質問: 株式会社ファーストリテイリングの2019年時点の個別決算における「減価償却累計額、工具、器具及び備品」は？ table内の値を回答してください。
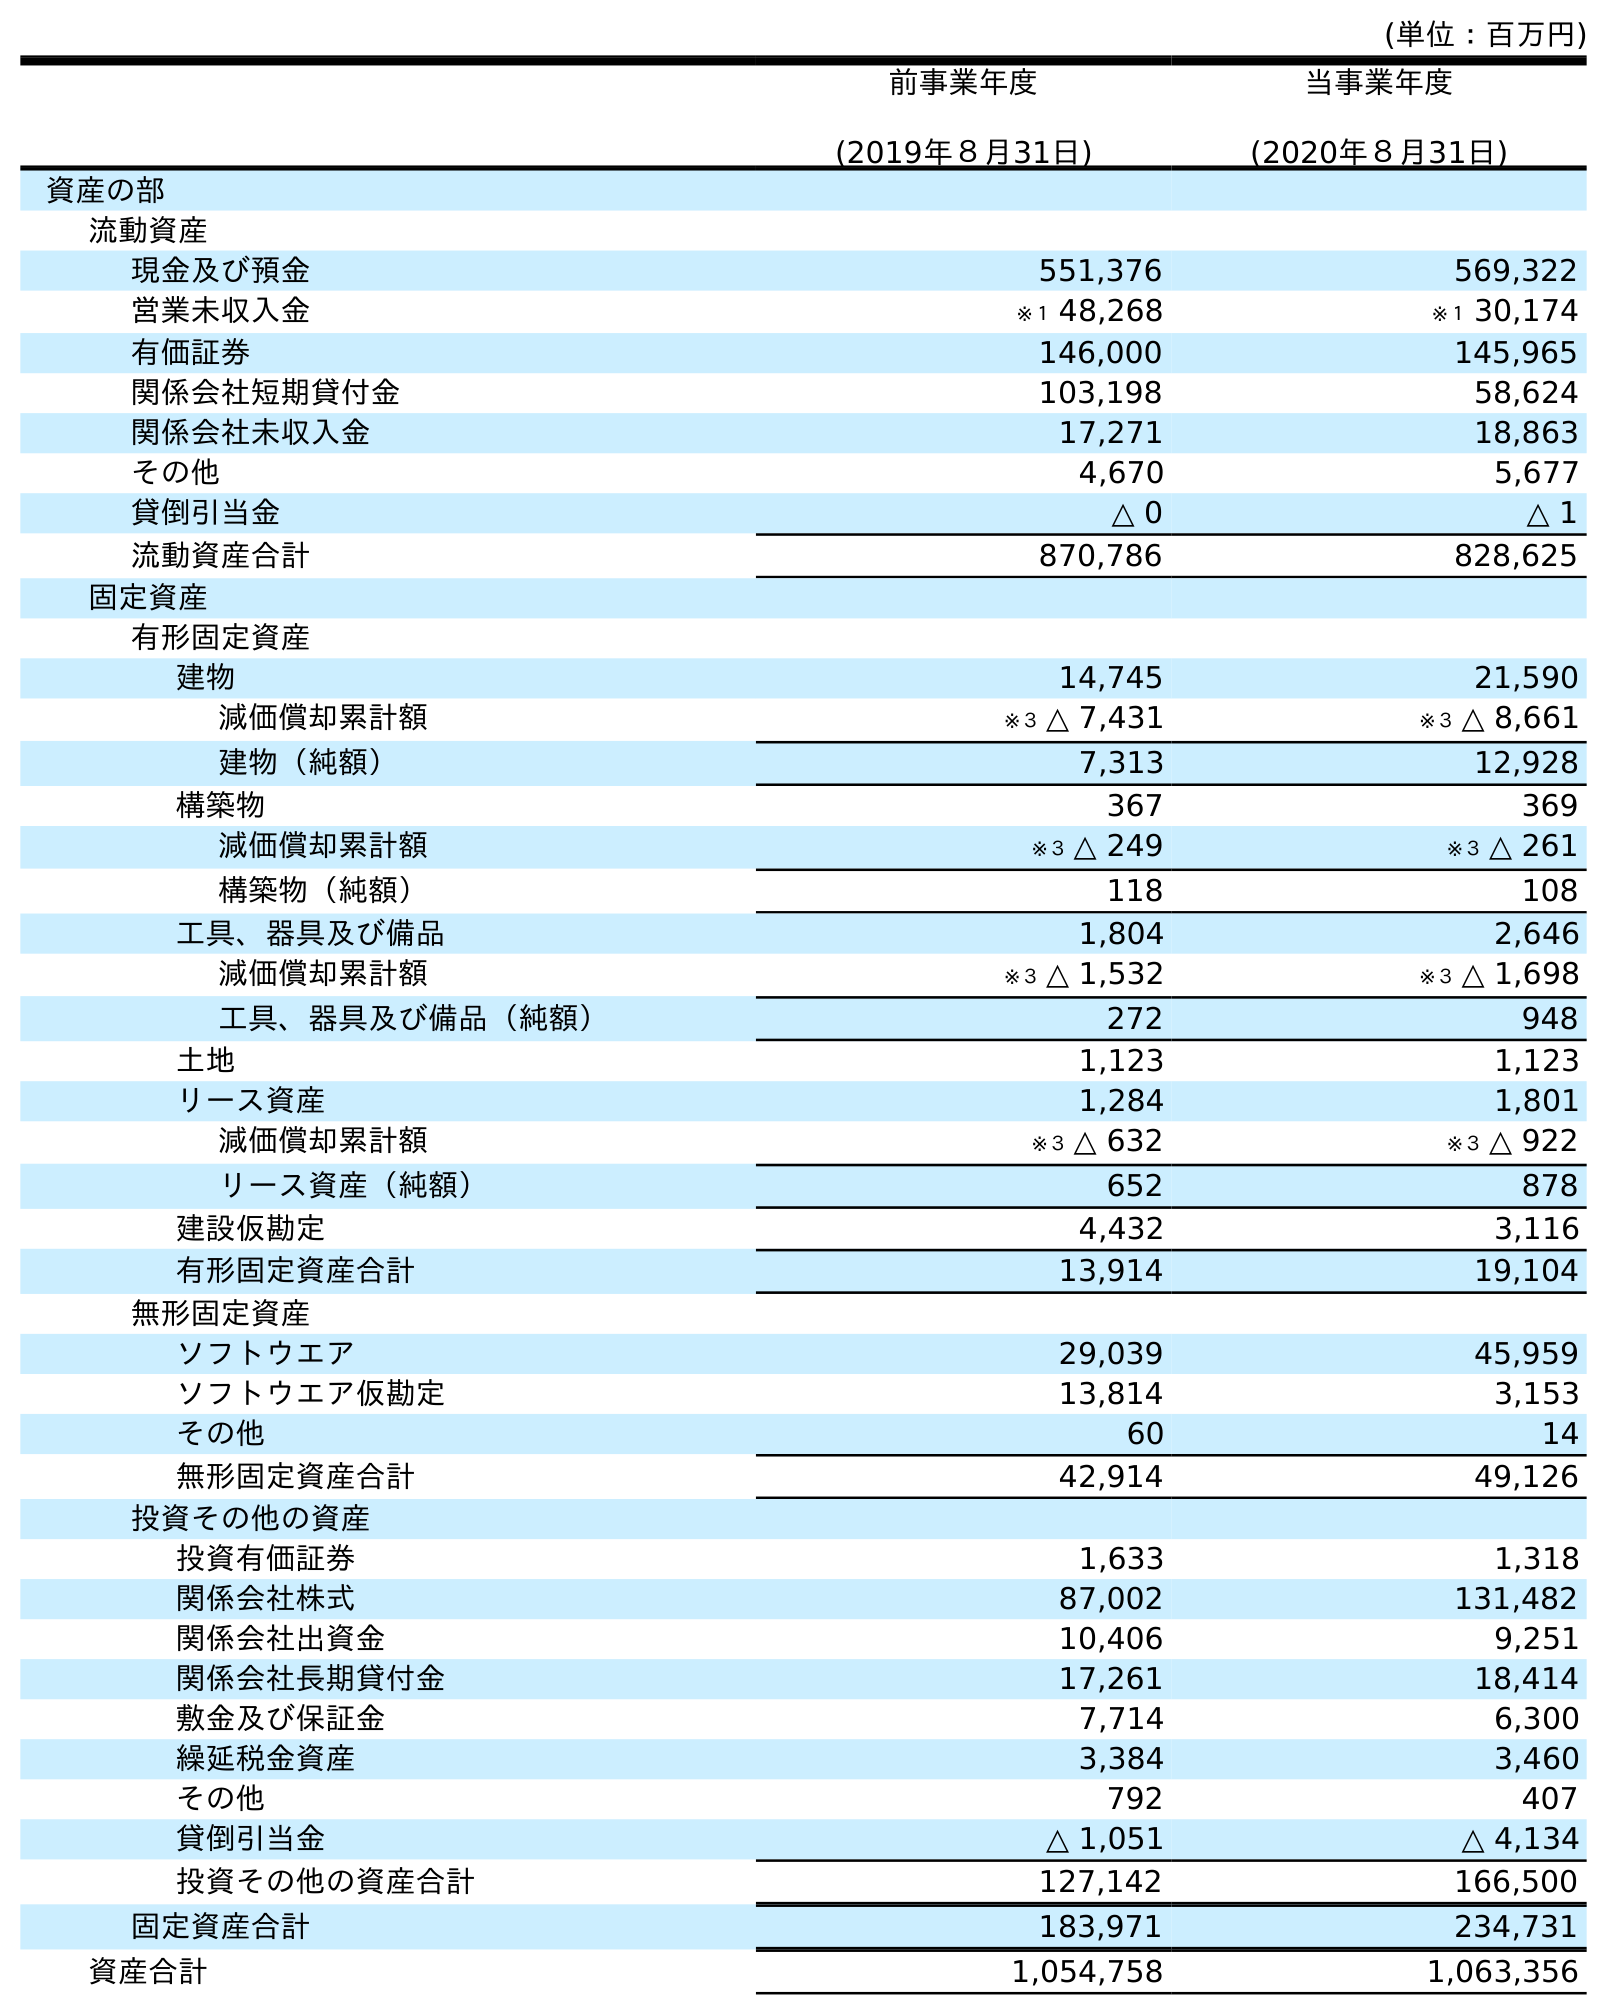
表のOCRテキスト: (単位：百万円) 前事業年度 (2019年８月31日) 当事業年度 (2020年８月31日) 資産の部 流動資産 現金及び預金 551,376 569,322 営業未収入金 ※１ 48,268 ※１ 30,174 有価証券 146,000 145,965 関係会社短期貸付金 103,198 58,624 関係会社未収入金 17,271 18,863 その他 4,670 5,677 貸倒引当金 △ 0 △ 1 流動資産合計 870,786 828,625 固定資産 有形固定資産 建物 14,745 21,590 減価償却累計額 ※３ △ 7,431 ※３ △ 8,661 建物（純額） 7,313 12,928 構築物 367 369 減価償却累計額 ※３ △ 249 ※３ △ 261 構築物（純額） 118 108 工具、器具及び備品 1,804 2,646 減価償却累計額 ※３ △ 1,532 ※３ △ 1,698 工具、器具及び備品（純額） 272 948 土地 1,123 1,123 リース資産 1,284 1,801 減価償却累計額 ※３ △ 632 ※３ △ 922 リース資産（純額） 652 878 建設仮勘定 4,432 3,116 有形固定資産合計 13,914 19,104 無形固定資産 ソフトウエア 29,039 45,959 ソフトウエア仮勘定 13,814 3,153 その他 60 14 無形固定資産合計 42,914 49,126 投資その他の資産 投資有価証券 1,633 1,318 関係会社株式 87,002 131,482 関係会社出資金 10,406 9,251 関係会社長期貸付金 17,261 18,414 敷金及び保証金 7,714 6,300 繰延税金資産 3,384 3,460 その他 792 407 貸倒引当金 △ 1,051 △ 4,134 投資その他の資産合計 127,142 166,500 固定資産合計 183,971 234,731 資産合計 1,054,758 1,063,356
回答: ※３△1,532